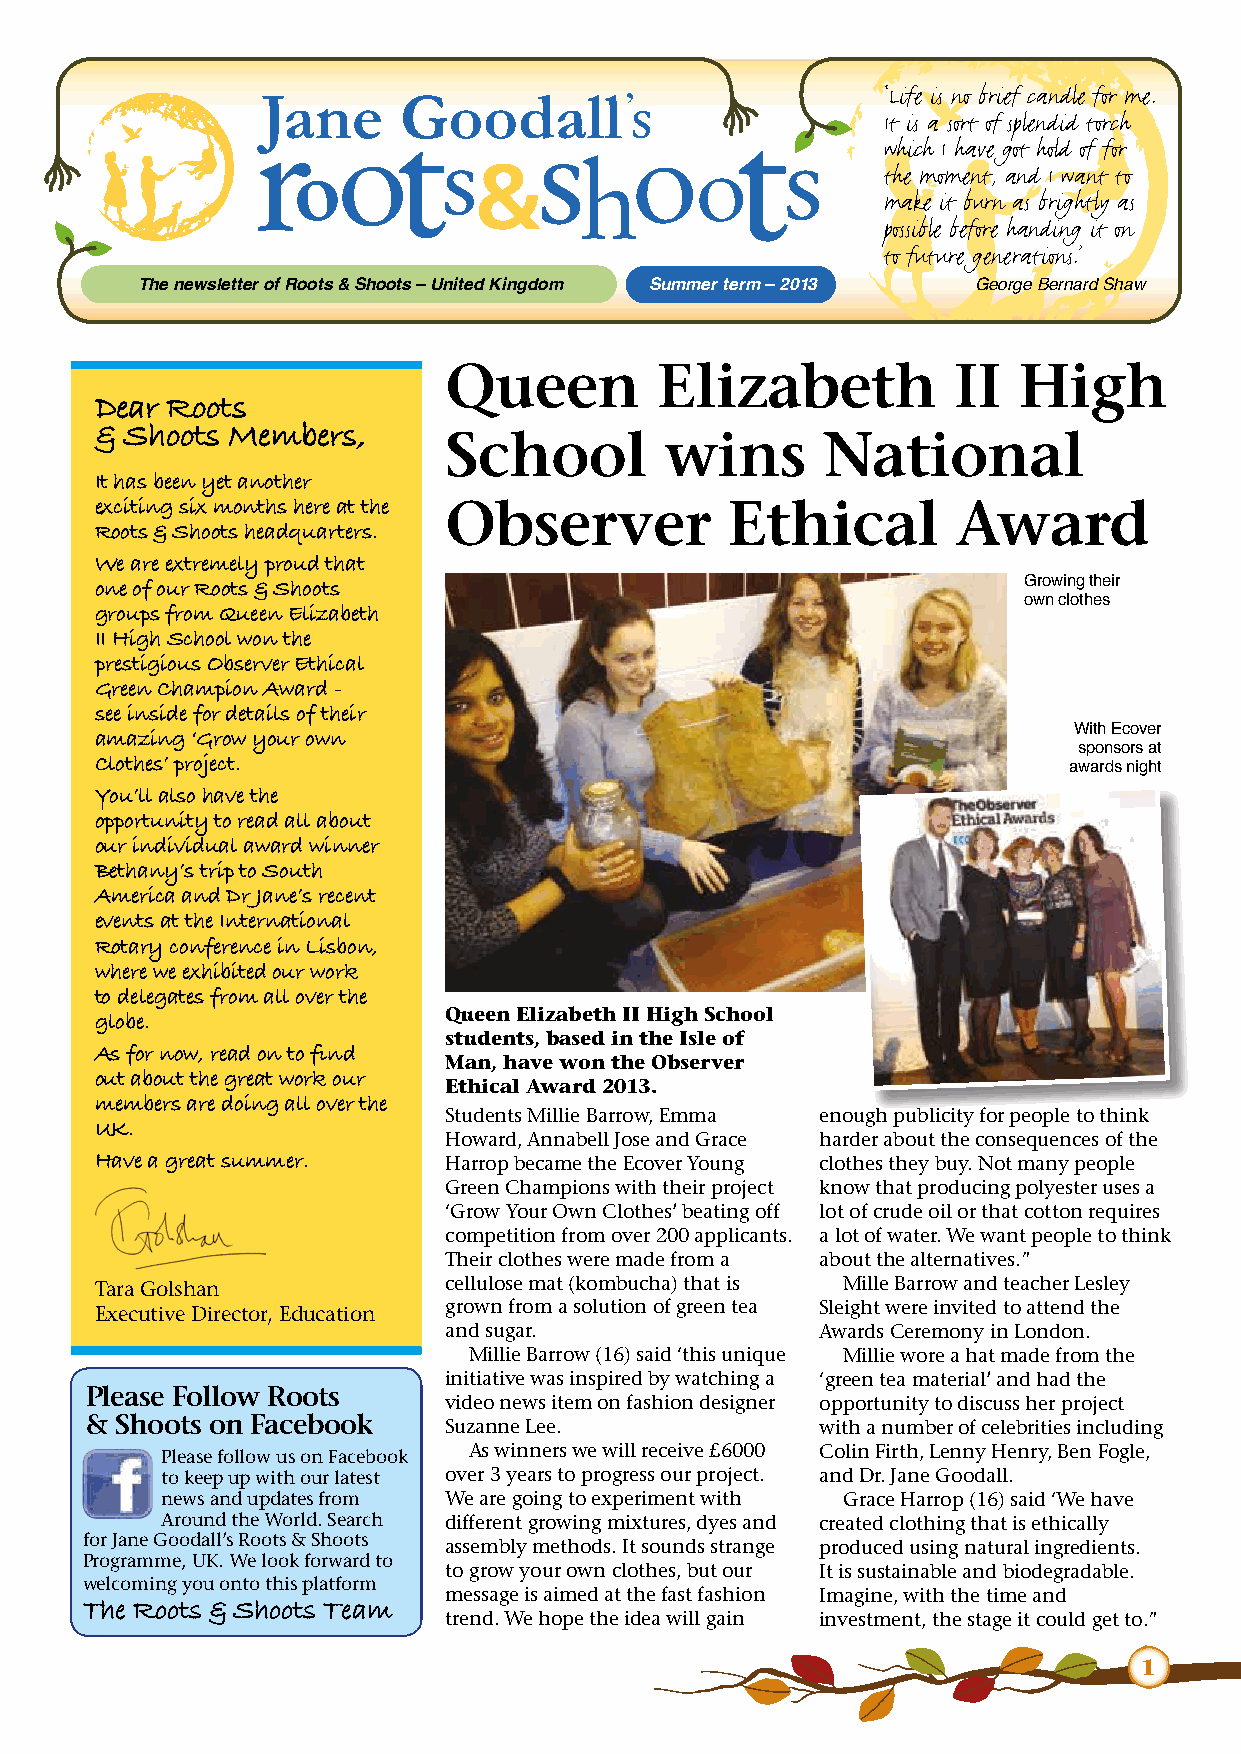
‘Life is no brief candle for me.
 It is a sort of splendid torch
 which I have got hold of for
 the moment, and I want to
 make it burn as brightly as
 possible before handing it on
 to future generations.’
 ThTeh en neewwsslleetttteerr ooff RRoooottss & & S Shhoootos t–s –U nUitneidte Kdi nKgidnogmdom ASuutummmne tre tremr m– 2–0 210013 George Bernard Shaw
 Queen         Elizabeth           II  High
 Dear Roots
 & Shoots Members,      School         wins      National
 It has been yet another
 exciting six months here at the Observer  Ethical        Award
 Roots & Shoots headquarters.
 We are extremely proud that
 one of our Roots & Shoots                                     Growing their
 own clothes
 groups from Queen Elizabeth
 II High School won the
 prestigious Observer Ethical
 Green Champion Award -
 see inside for details of their
 amazing ‘Grow your own                                           With Ecover
 sponsors at
 Clothes’ project.
 awards night
 You’ll also have the
 opportunity to read all about
 our individual award winner
 Bethany’s trip to South
 America and Dr Jane’s recent
 events at the International
 Rotary conference in Lisbon,
 where we exhibited our work
 to delegates from all over the
 Queen Elizabeth II High School
 globe.
 students, based in the Isle of
 As for now, read on to find
 Man, have won the Observer
 out about the great work our
 Ethical Award 2013.
 members are doing all over the
 Students Millie Barrow, Emma enough publicity for people to think
 UK.
 Howard, Annabell Jose and Grace harder about the consequences of the
 Have a great summer.   Harrop became the Ecover Young clothes they buy. Not many people
 Green Champions with their project know that producing polyester uses a
 ‘Grow Your Own Clothes’ beating off lot of crude oil or that cotton requires
 competition from over 200 applicants. a lot of water. We want people to think
 Their clothes were made from a about the alternatives.”
 Tara Golshan           cellulose mat (kombucha) that is Mille Barrow and teacher Lesley
 Executive Director, Education grown from a solution of green tea Sleight were invited to attend the
 and sugar.               Awards Ceremony in London.
 Millie Barrow (16) said ‘this unique Millie wore a hat made from the
 initiative was inspired by watching a ‘green tea material’ and had the
 Please Follow Roots
 video news item on fashion designer opportunity to discuss her project
 & Shoots on Facebook   Suzanne Lee.             with a number of celebrities including
 Please follow us on Facebook As winners we will receive £6000 Colin Firth, Lenny Henry, Ben Fogle,
 to keep up with our latest over 3 years to progress our project. and Dr. Jane Goodall.
 news and updates from We are going to experiment with Grace Harrop (16) said ‘We have
 Around the World. Search different growing mixtures, dyes and created clothing that is ethically
 for Jane Goodall’s Roots & Shoots assembly methods. It sounds strange produced using natural ingredients.
 Programme, UK. We look forward to
 to grow your own clothes, but our It is sustainable and biodegradable.
 welcoming you onto this platform
 message is aimed at the fast fashion Imagine, with the time and
 The Roots & Shoots Team
 trend. We hope the idea will gain investment, the stage it could get to.”
 1